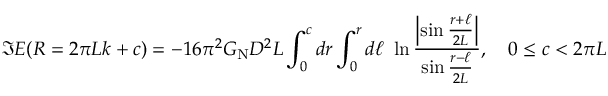
\Im E ( R = 2 \pi L k + c ) = - 1 6 \pi ^ { 2 } G _ { \mathrm { N } } D ^ { 2 } L \int _ { 0 } ^ { c } d r \int _ { 0 } ^ { r } d \ell \ \ln { \frac { \Bigl | \sin { \frac { r + \ell } { 2 L } } \Bigr | } { \sin { \frac { r - \ell } { 2 L } } } } , \quad 0 \le c < 2 \pi L